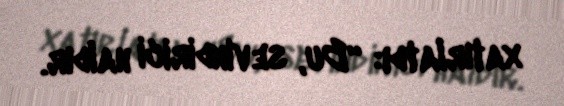
xatırlatdı: “Bu, sevindirici haldır.